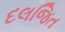
દલજિત